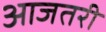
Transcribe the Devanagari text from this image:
आजतरी